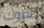
أعطوك